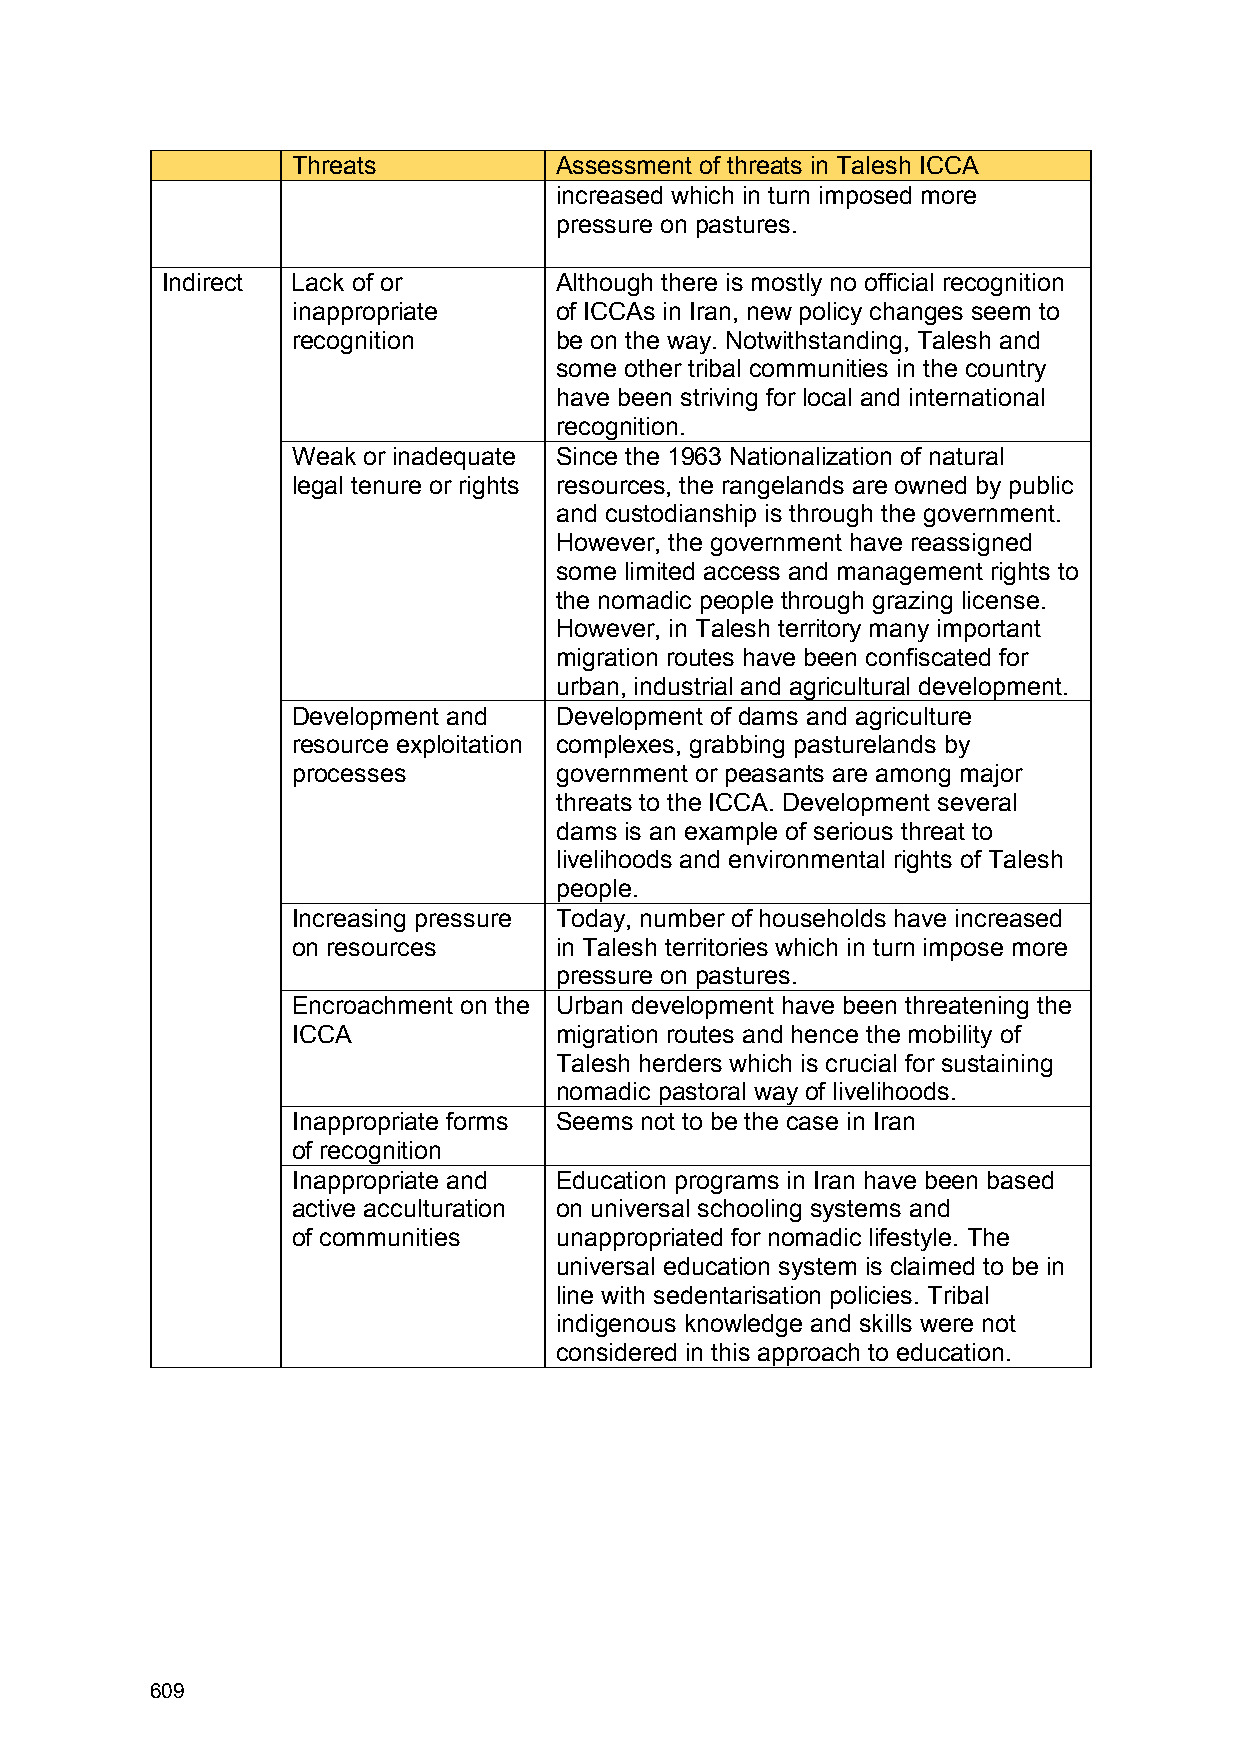
Threats           Assessment of threats in Talesh ICCA
 increased which in turn imposed more
 pressure on pastures.
 Indirect Lack of or       Although there is mostly no official recognition
 inappropriate     of ICCAs in Iran, new policy changes seem to
 recognition       be on the way. Notwithstanding, Talesh and
 some other tribal communities in the country
 have been striving for local and international
 recognition.
 Weak or inadequate Since the 1963 Nationalization of natural
 legal tenure or rights resources, the rangelands are owned by public
 and custodianship is through the government.
 However, the government have reassigned
 some limited access and management rights to
 the nomadic people through grazing license.
 However, in Talesh territory many important
 migration routes have been confiscated for
 urban, industrial and agricultural development.
 Development and   Development of dams and agriculture
 resource exploitation complexes, grabbing pasturelands by
 processes         government or peasants are among major
 threats to the ICCA. Development several
 dams is an example of serious threat to
 livelihoods and environmental rights of Talesh
 people.
 Increasing pressure Today, number of households have increased
 on resources      in Talesh territories which in turn impose more
 pressure on pastures.
 Encroachment on the Urban development have been threatening the
 ICCA              migration routes and hence the mobility of
 Talesh herders which is crucial for sustaining
 nomadic pastoral way of livelihoods.
 Inappropriate forms Seems not to be the case in Iran
 of recognition
 Inappropriate and Education programs in Iran have been based
 active acculturation on universal schooling systems and
 of communities    unappropriated for nomadic lifestyle. The
 universal education system is claimed to be in
 line with sedentarisation policies. Tribal
 indigenous knowledge and skills were not
 considered in this approach to education.
 609